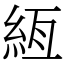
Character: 絚